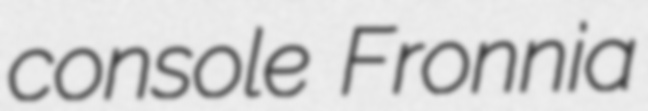
console Fronnia